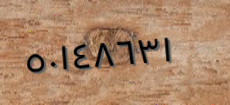
٥٠١٤٨٦٣١